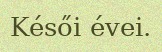
Késői évei.